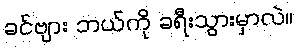
ခင်ဗျား ဘယ်ကို ခရီးသွားမှာလဲ။